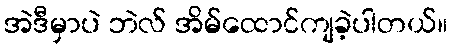
အဲဒီမှာပဲ ဘဲလ် အိမ်ထောင်ကျခဲ့ပါတယ်။